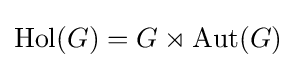
\operatorname {Hol} (G)=G\rtimes \operatorname {Aut} (G)